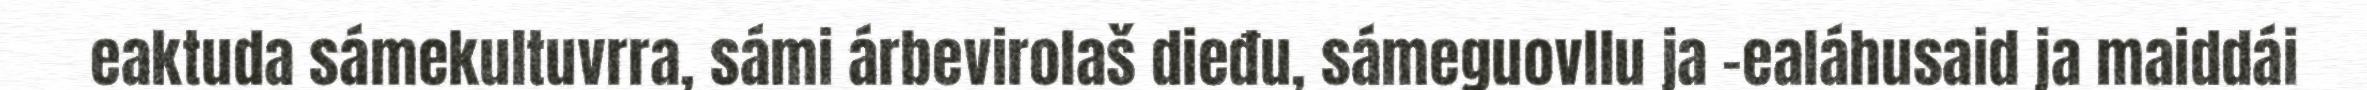
eaktuda sámekultuvrra, sámi árbevirolaš dieđu, sámeguovllu ja -ealáhusaid ja maiddái